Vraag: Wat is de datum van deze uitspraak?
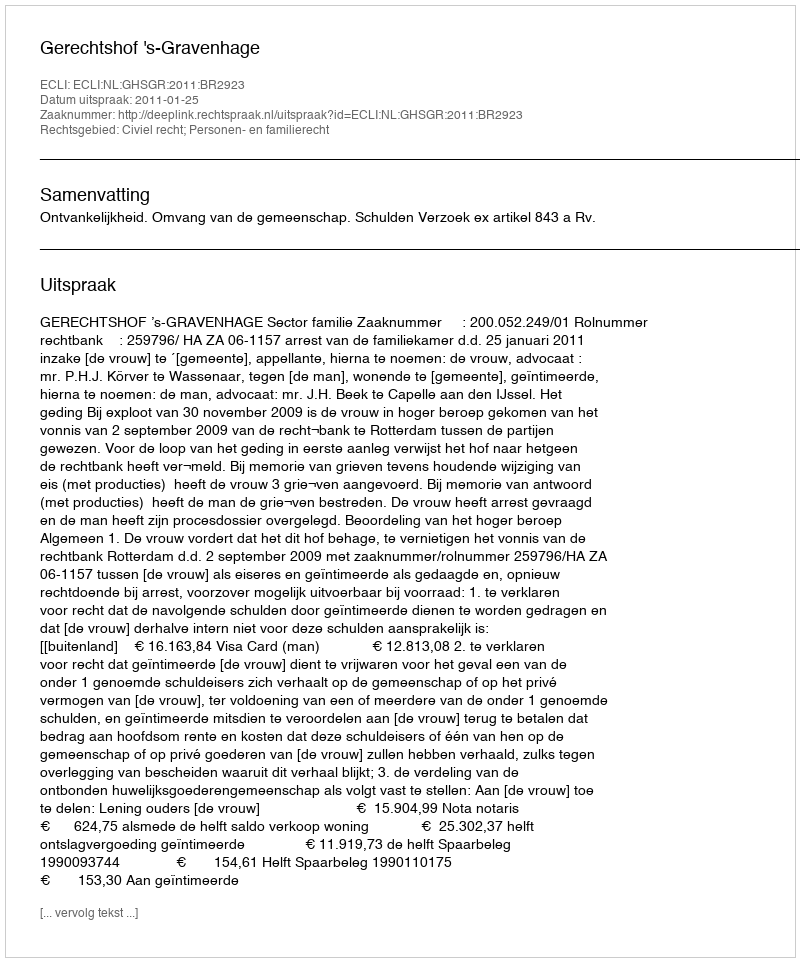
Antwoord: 2011-01-25